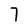
Character: 7